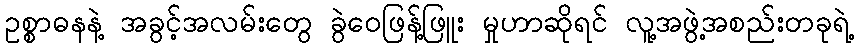
ဥစ္စာဓနနဲ့ အခွင့်အလမ်းတွေ ခွဲဝေဖြန့်ဖြူး မှုဟာဆိုရင် လူ့အဖွဲ့အစည်းတခုရဲ့